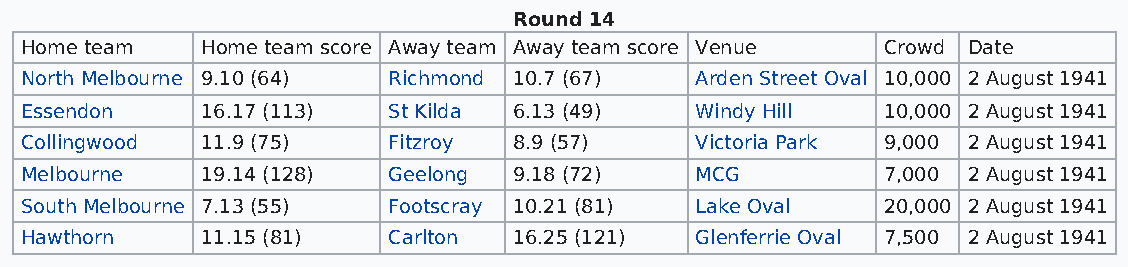
Round 14
 Home team   Home team score Away team Away team score Venue Crowd Date
 North Melbourne 9.10 (64) Richmond 10.7 (67) Arden Street Oval 10,000 2 August 1941
 Essendon    16.17 (113)  St Kilda 6.13 (49)  Windy Hill  10,000 2 August 1941
 Collingwood 11.9 (75)    Fitzroy 8.9 (57)    Victoria Park 9,000 2 August 1941
 Melbourne   19.14 (128)  Geelong 9.18 (72)   MCG         7,000 2 August 1941
 South Melbourne 7.13 (55) Footscray 10.21 (81) Lake Oval 20,000 2 August 1941
 Hawthorn    11.15 (81)   Carlton 16.25 (121) Glenferrie Oval 7,500 2 August 1941